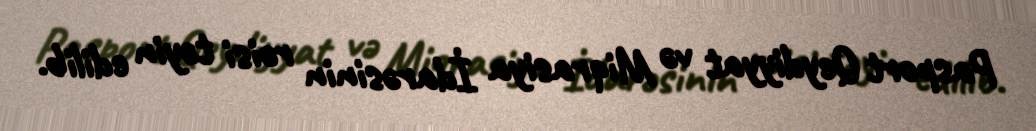
Pasport Qeydiyyat və Miqrasiya İdarəsinin rəisi təyin edilib.